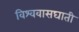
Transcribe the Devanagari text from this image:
विश्ववासघाती